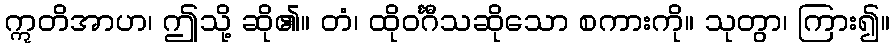
ဣတိအာဟ၊ ဤသို့ ဆို၏။ တံ၊ ထိုဝင်္ဂီသဆိုသော စကားကို။ သုတွာ၊ ကြား၍။